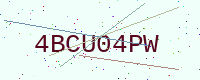
Text: 4BCU04PW